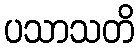
ပသာသတိ